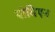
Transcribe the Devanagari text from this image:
पोमिएन